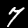
Label: 7